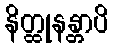
နိတ္ထုနန္တာပိ